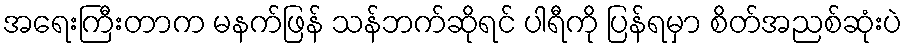
အရေးကြီးတာက မနက်ဖြန် သန်ဘက်ဆိုရင် ပါရီကို ပြန်ရမှာ စိတ်အညစ်ဆုံးပဲ